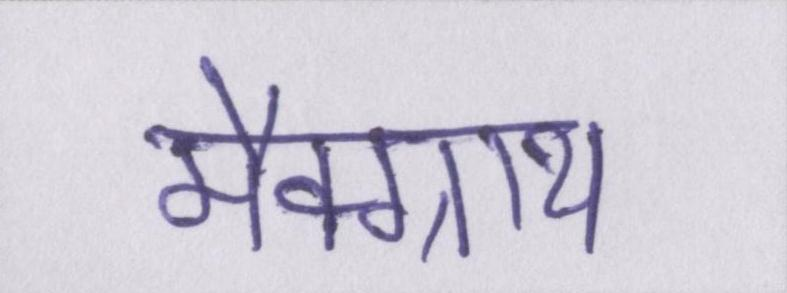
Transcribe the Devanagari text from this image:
मैक्ग्राथ